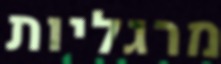
מרגליות